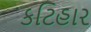
કટિહાર